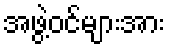
အဖွဲ့ဝင်များအား